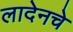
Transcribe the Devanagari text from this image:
लादेनचे